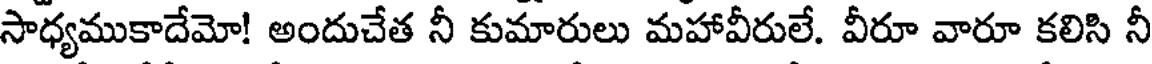
సాధ్యముకాదేమో! అందుచేత నీ కుమారులు మహావీరులే. వీరూ వారూ కలిసి నీ